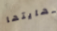
نهايتها